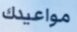
مواعيدك